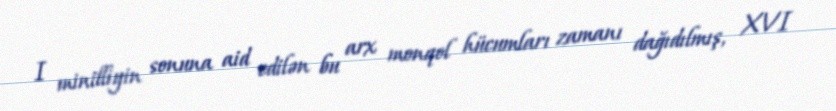
I minilliyin sonuna aid edilən bu arx monqol hücumları zamanı dağıdılmış, XVI